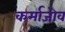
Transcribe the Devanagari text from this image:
कर्माजोव